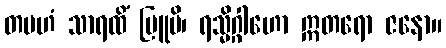
တမဟံ သာရထိံ ဗြူမိ၊ ရသ္မိဂ္ဂါဟော ဣတရော ဇနော။